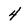
Character: 4